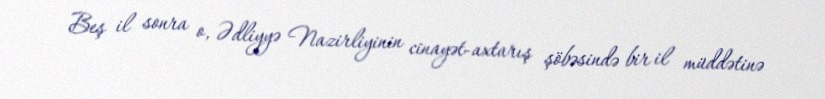
Beş il sonra o, Ədliyyə Nazirliyinin cinayət-axtarış şöbəsində bir il müddətinə